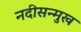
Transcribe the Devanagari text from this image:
नदीसन्मुख